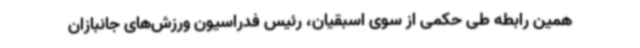
همین رابطه طی حکمی از سوی اسبقیان، رئیس فدراسیون ورزش‌های جانبازان